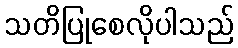
သတိပြုစေလိုပါသည်